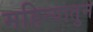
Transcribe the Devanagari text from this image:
महिन्यातुन